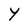
Character: Y